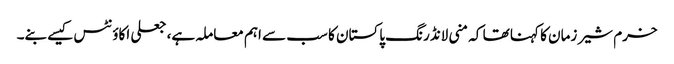
خرم شیر زمان کا کہنا تھا کہ منی لانڈرنگ پاکستان کا سب سے اہم معاملہ ہے، جعلی اکاؤنٹس کیسے بنے۔